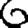
Digit: 6